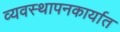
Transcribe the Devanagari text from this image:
व्यवस्थापनकार्यात